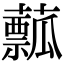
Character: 䕯